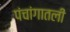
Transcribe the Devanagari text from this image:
पंचांगातली